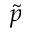
\tilde { p }